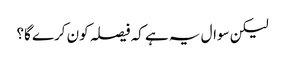
لیکن سوال یہ ہے کہ فیصلہ کون کرے گا؟